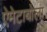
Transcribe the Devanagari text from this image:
ऐमेटाबोला